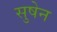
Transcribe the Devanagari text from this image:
सुषेन